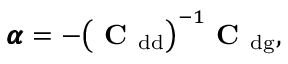
\begin{array} { r } { \pmb { \alpha } = - \big ( \mathrm { \textbf { C } } _ { \mathrm { d d } } \big ) ^ { - 1 } \mathrm { \textbf { C } } _ { \mathrm { d g } } , } \end{array}